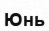
Юнь